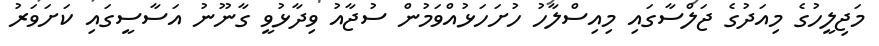
މަޖިލީހުގެ މިއަދުގެ ޖަލްސާގައި މިއިސްލާހު ހުށަހަޅުއްވަމުން ސުޖާއު ވިދާޅުވީ ގާނޫނު އަސާސީގައި ކަށަވަރު